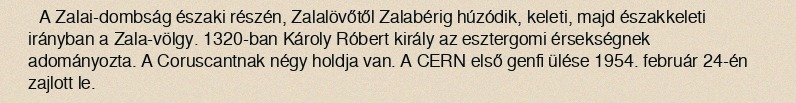
A Zalai-dombság északi részén, Zalalövőtől Zalabérig húzódik, keleti, majd északkeleti irányban a Zala-völgy. 1320-ban Károly Róbert király az esztergomi érsekségnek adományozta. A Coruscantnak négy holdja van. A CERN első genfi ülése 1954. február 24-én zajlott le.